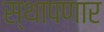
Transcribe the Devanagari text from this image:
स्थापणार